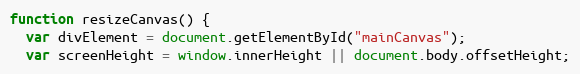
Language: JavaScript
function resizeCanvas() {
  var divElement = document.getElementById("mainCanvas");
  var screenHeight = window.innerHeight || document.body.offsetHeight;